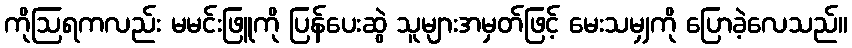
ကိုဩရကလည်း မမင်းဖြူကို ပြန်ပေးဆွဲ သူများအမှတ်ဖြင့် မေးသမျှကို ပြောခဲ့လေသည်။